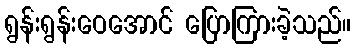
ရွန်းရွန်းဝေအောင် ပြောကြားခဲ့သည်။